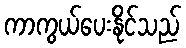
ကာကွယ်ပေးနိုင်သည်